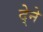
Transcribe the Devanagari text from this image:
दे्ने